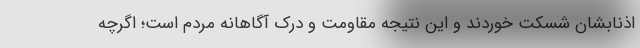
اذنابشان شسکت خوردند و این نتیجه مقاومت و درک آگاهانه مردم است؛ اگرچه